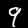
Digit: 9